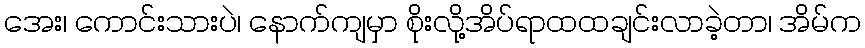
အေး၊ ကောင်းသားပဲ၊ နောက်ကျမှာ စိုးလို့အိပ်ရာထထချင်းလာခဲ့တာ၊ အိမ်က